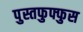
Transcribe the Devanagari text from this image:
पुस्तफुफ्फुस